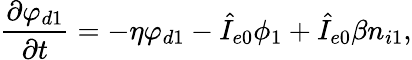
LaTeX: \frac{\partial\varphi_{d1}}{\partial t}=-\eta\varphi_{d1}-\hat{I}_{e0}\phi_{1}+\hat{I}_{e0}\beta n_{i1},